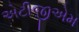
એટીજીએમ